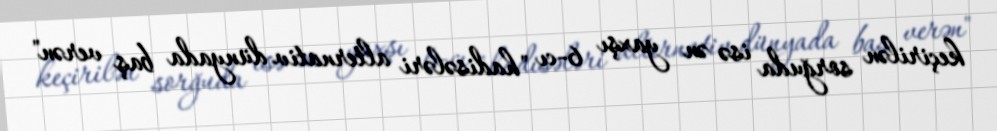
keçirilən sorğuda isə ən yaxşı 6-cı "hadisələri alternativ dünyada baş verən"